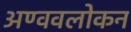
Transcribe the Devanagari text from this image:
अण्ववलोकन